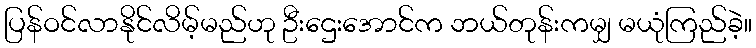
ပြန်ဝင်လာနိုင်လိမ့်မည်ဟု ဦးဌေးအောင်က ဘယ်တုန်းကမျှ မယုံကြည်ခဲ့။